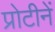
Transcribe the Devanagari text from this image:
प्रोटीनें